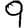
Digit: 9